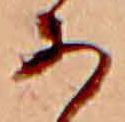
あ